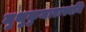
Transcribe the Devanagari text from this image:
मुथुकुमारास्वमि